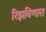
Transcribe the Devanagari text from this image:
रिझविणारा